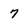
Character: 7